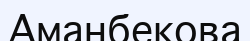
Аманбекова